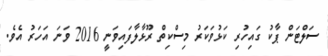
ސަލްޓަން ޕާކު ގައިހުރި ކަޅުވަކަރު މިސްކިތް ރޫޅާލާފައިވަނީ 2016 ވަނަ އަހަރު އެވެ.